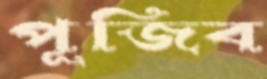
পূজিব